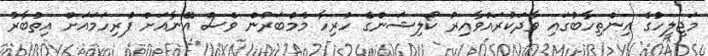
މަޖިލީހުގެ އިންތިހާބުގައި ވާދަކުރައްވާއިރު ކޯލިޝަންގެ ހުރިހާ މެމްބަރުން ވެސް އޭނާއަށް ފުރިހަމައަށް އިތުބާރު